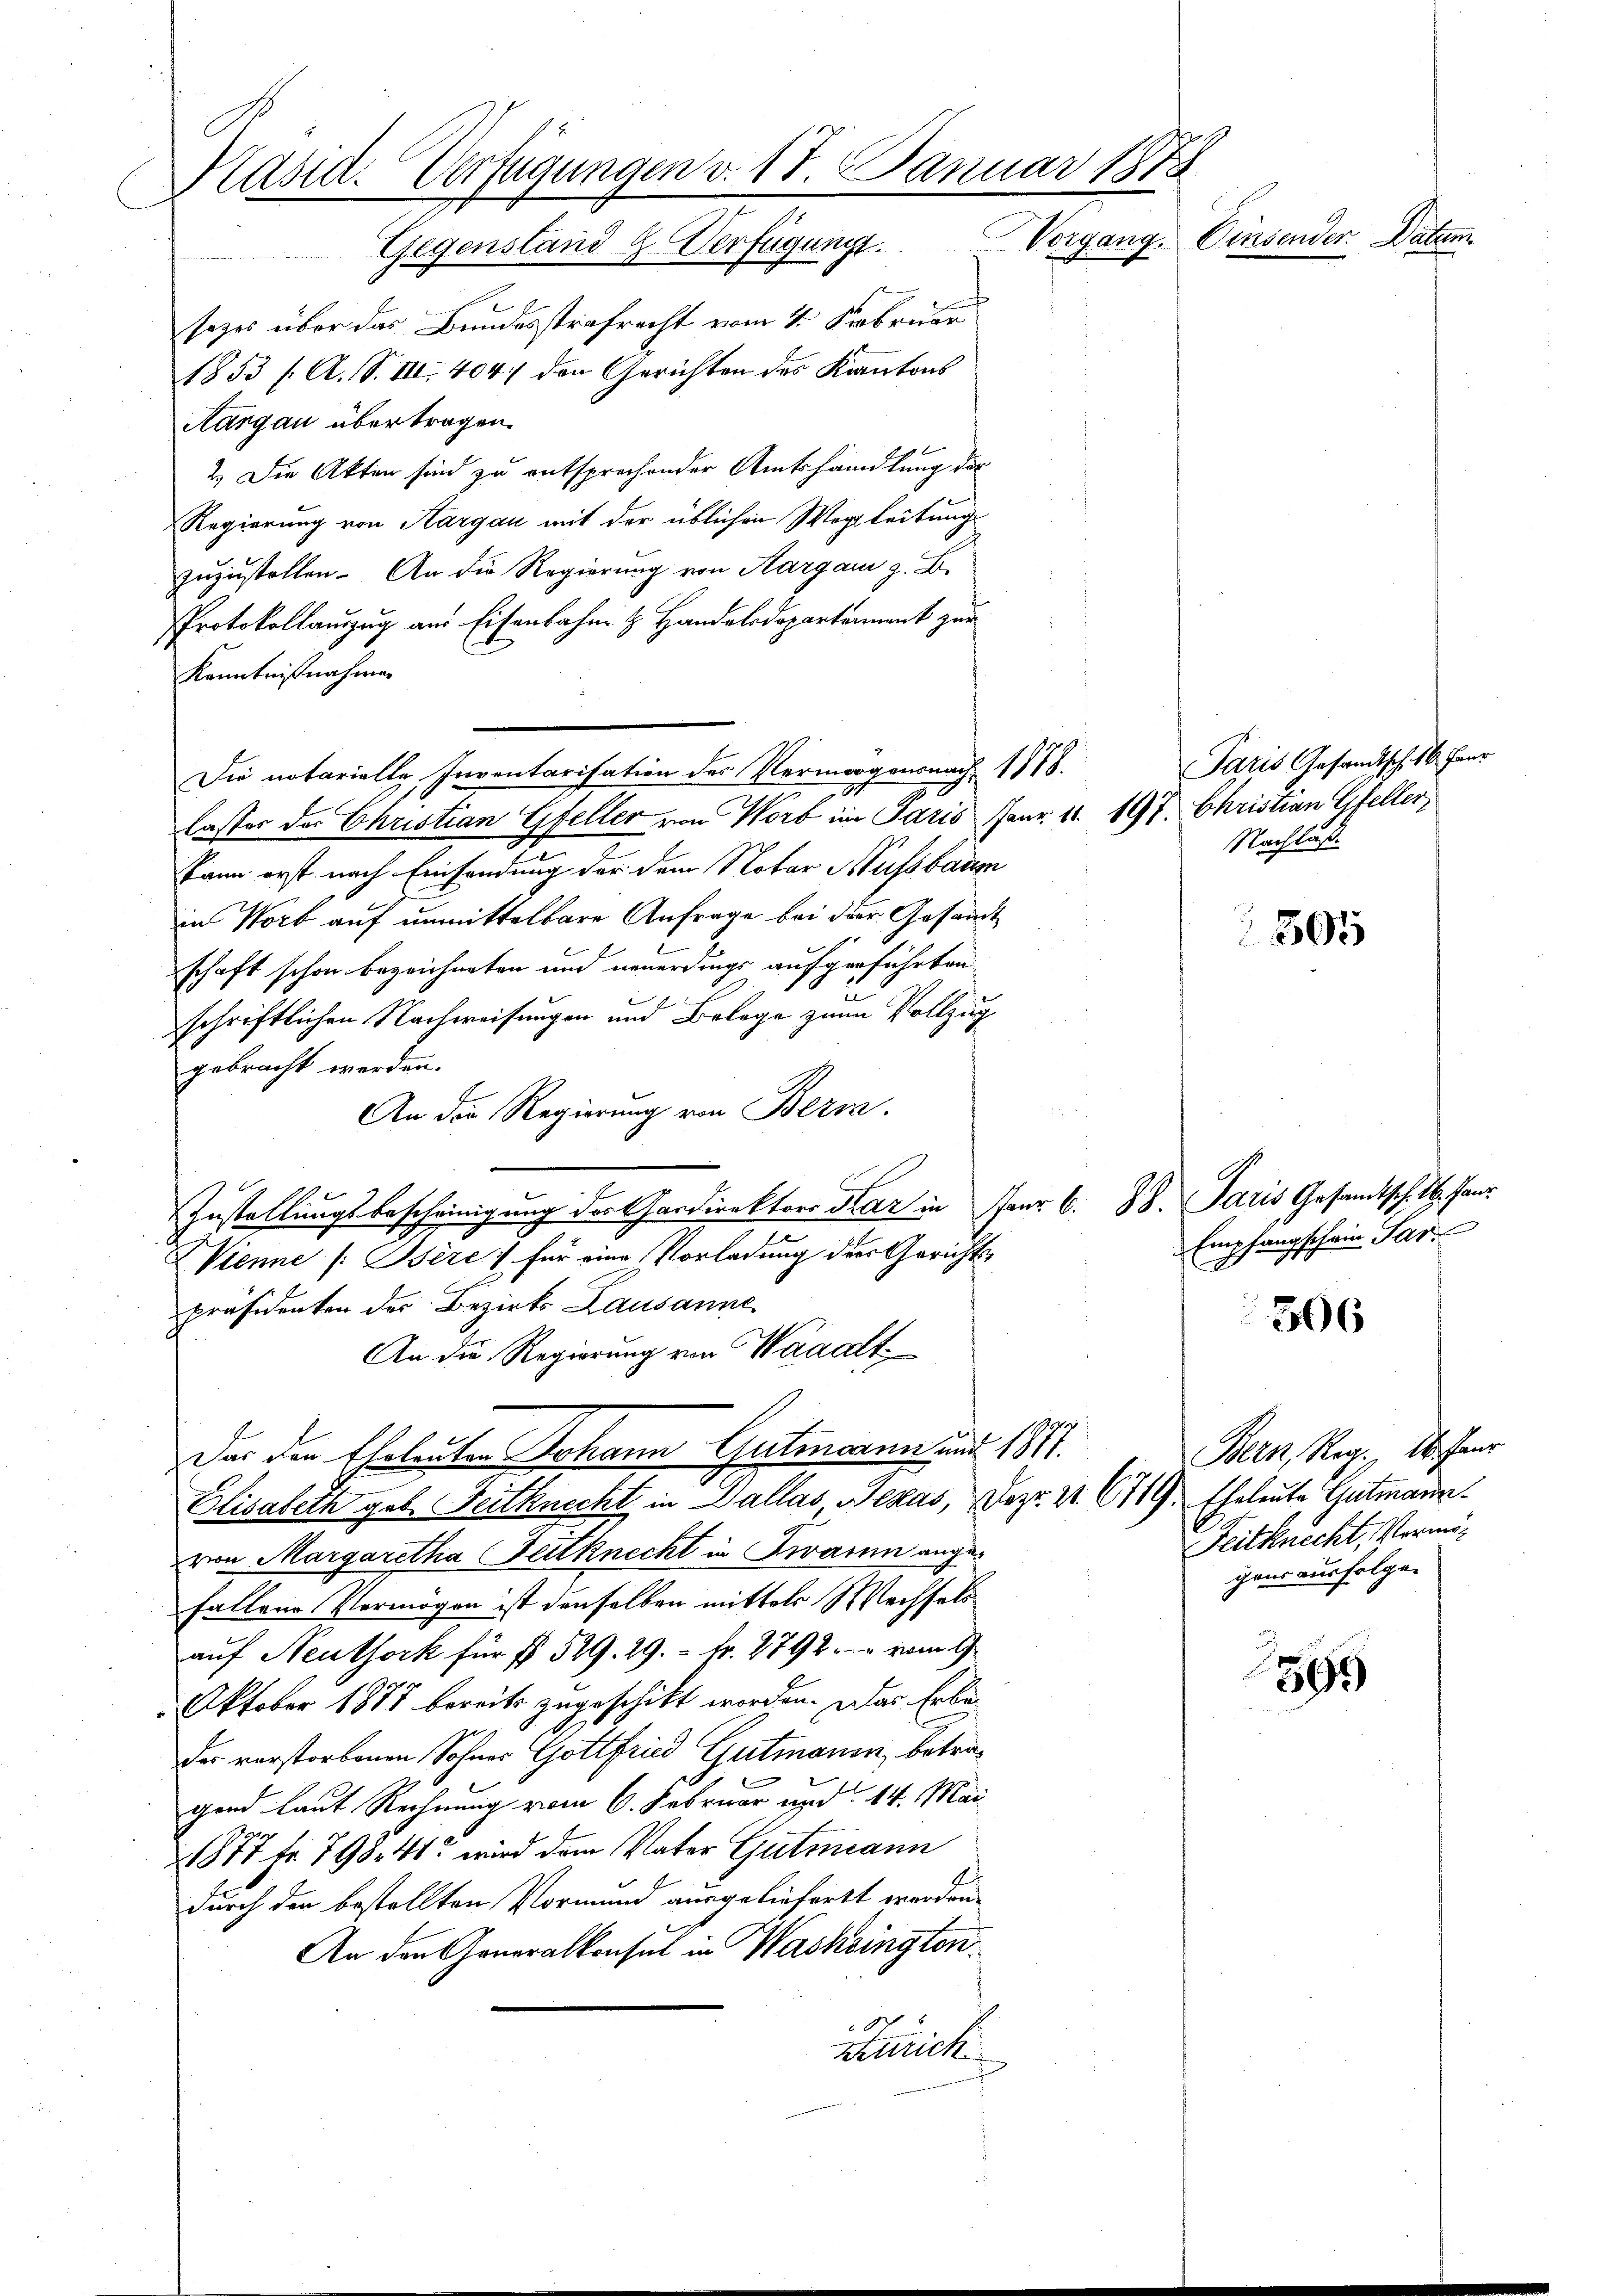
Präsid. Verfügungen v. 17. Januar 1878
Vorgang. Einsender Datum
Gegenstand H. Verfügung.

sezes über das Bundesstrafrecht vom 4. Februar
1853 /A. S. III. 404 den Gerichten des Kantons
Aargau übertragen.
2.) Die Akten sind zu entsprechender Amtshandlung der
Regierung von Aargau mit der üblichen Wegleitung
zuzustellen. An die Regierung von Aargau z. B.
Protokollauszug aus Eisenbahn H. Handelsdepartement zur
Kenntnißnahmen
Die notarielle Inventarisation des Vermorgensnach 1778.
lasser des Christian Gfeller von Wort im Paris Paur 11. 197. Christian Steller
kann erst nach Einsendung vor dem Notar Hussbaum
in Worb auf unmittelbare Anfrage bei der Gesandt
schaft schon bezeichneten und neuerdings aufgeführten
schriftlichen Nachweisungen und Belage zum Vollzug
gebracht werden.
An die Regierung von Beri
Zustellungsbescheinigung der Gardirektors dar in Paar 6. B. Paris Gesamtsch. 16. Janr.
Vienne (Bère) für eine Vorladung der Gerichtspräsidenten der Bezirks Lausanne
An die Regierung von Waaalt.
Dar den Eheleuten Johann Gutmann und 1811.
Elisabeth geb. Feitknecht in Dallas, Bezas, Dez. 3. 671. Eheleute Gutmannvon Margaretha Gutknecht in Zwarnn ange-
fallene Vermögen ist denselben mittels Wechsels
auf Neuthork für f. 529. 29. - Fr. 2792. vom 1
Oktober 1875 bereits zugeschickt worden. Das Erbeder verstorbenen Sohnes Gottfried Gutmann, betragend laut Rechnung vom 6. Februar und 14. Mai
21877 fr 798. 41 wird dem Vater Gutmann
durch den bestellten Vormund ausgeliefert werden.
An den Generalkonsul in Washington

zzurich

Paris Gesandtsch. 16 Fanr
Nachlaß.

Empfangschein Par

395

306

395

Bern, Reg. 16. für
Feitknecht, Vermög
gens ausfolgen